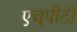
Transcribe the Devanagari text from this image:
एच्‌पीटी